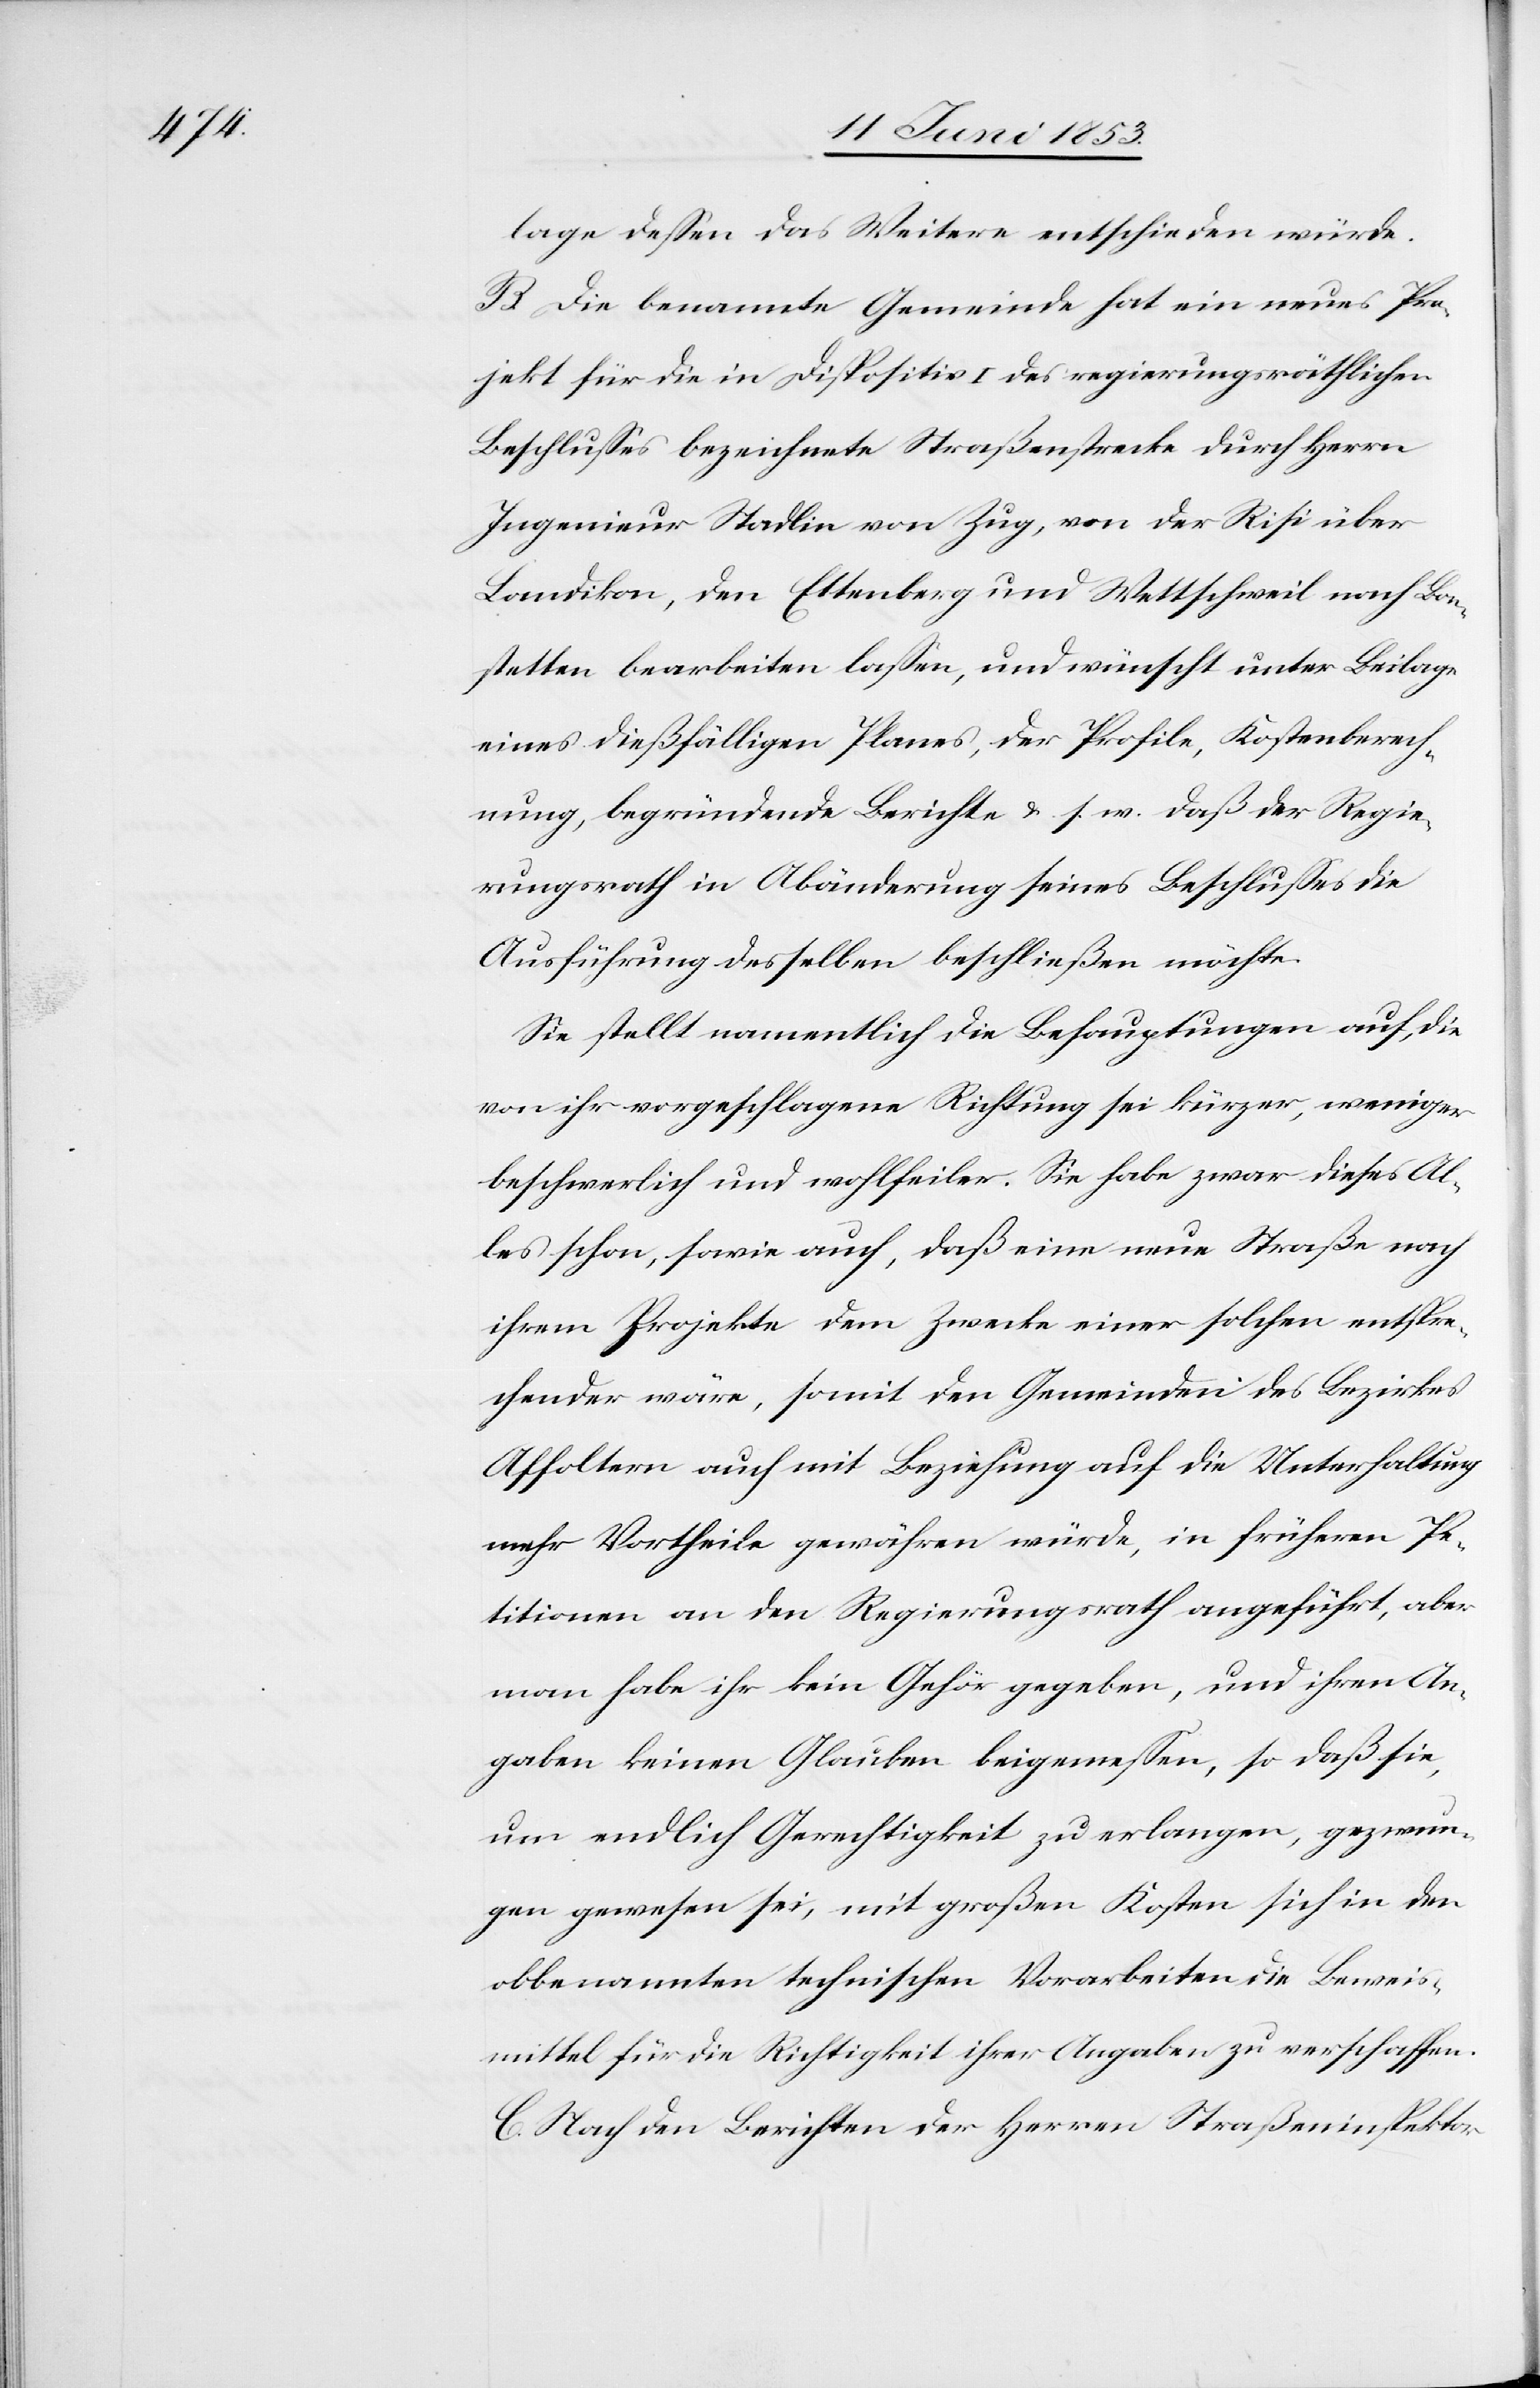
lage deßen das Weitere entschieden würde.
B. Die benannte Gemeinde hat ein neues Pro¬
jekt für die in Dispositiv I des regierungsräthlichen
Beschlußes bezeichnete Straßenstrecke durch Herrn
Ingenieur Stadlin von Zug, von der Risi über
Landikon, den Ettenberg und Wettschweil nach Bon¬
stetten bearbeiten laßen, und wünscht unter Beilage
eines dießfälligen Planes, der Profile, Kostenberech¬
nung, begründete Berichte u. s. w. daß der Regie¬
rungsrath in Abänderung seines Beschlußes die
Ausführung desselben beschließen möchte.
Sie stellt namentlich die Behauptungen auf, die
von ihr vorgeschlagene Richtung sei kürzer, weniger
beschwerlich und wohlfeiler. Sie habe zwar dieses Al¬
les schon, sowie auch, daß eine neue Straße nach
ihrem Projekte dem Zwecke einer solchen entspre¬
chender wäre, somit den Gemeinden des Bezirkes
Affoltern auch mit Beziehung auf die Unterhaltung
mehr Vortheile gewähren würde, in frühern Pe¬
titionen an den Regierungsrath angeführt, aber
man habe ihr kein Gehör gegeben, und ihren An¬
gaben keinen Glauben beigemeßen, so daß sie
um endlich Gerechtigkeit zu erlangen, gezwun¬
gen gewesen sei, mit großen Kosten sich in den
obbenannten technischen Vorarbeiten die Beweis¬
mittel für die Richtigkeit ihrer Angaben zu verschaffen.
C. Nach den Berichten der Herren Straßeninspektor